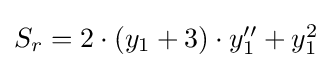
{\textstyle S_{r}=2\cdot (y_{1}+3)\cdot y_{1}^{\prime \prime }+y_{1}^{2}}